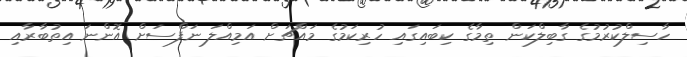
ހާސިލްކުރުމުގެ ގާބިލްކަން ތިމާގެ ކިބައިގައި ހުރިކަމުގެ މައްޗަށް އަމިއްލަ ނަފްސަށް އޮންނަ އިތުބާރާއި